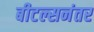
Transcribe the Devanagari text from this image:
बीटल्सनंतर